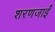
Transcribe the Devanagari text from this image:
शरणजाईं